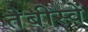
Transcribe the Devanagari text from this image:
तेबीस्वें